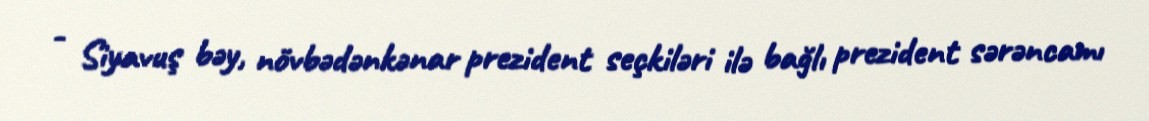
- Siyavuş bəy, növbədənkənar prezident seçkiləri ilə bağlı prezident sərəncamı